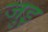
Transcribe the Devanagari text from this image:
जुइ